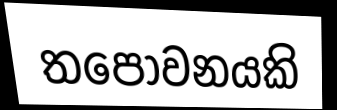
තපෝවනයකි